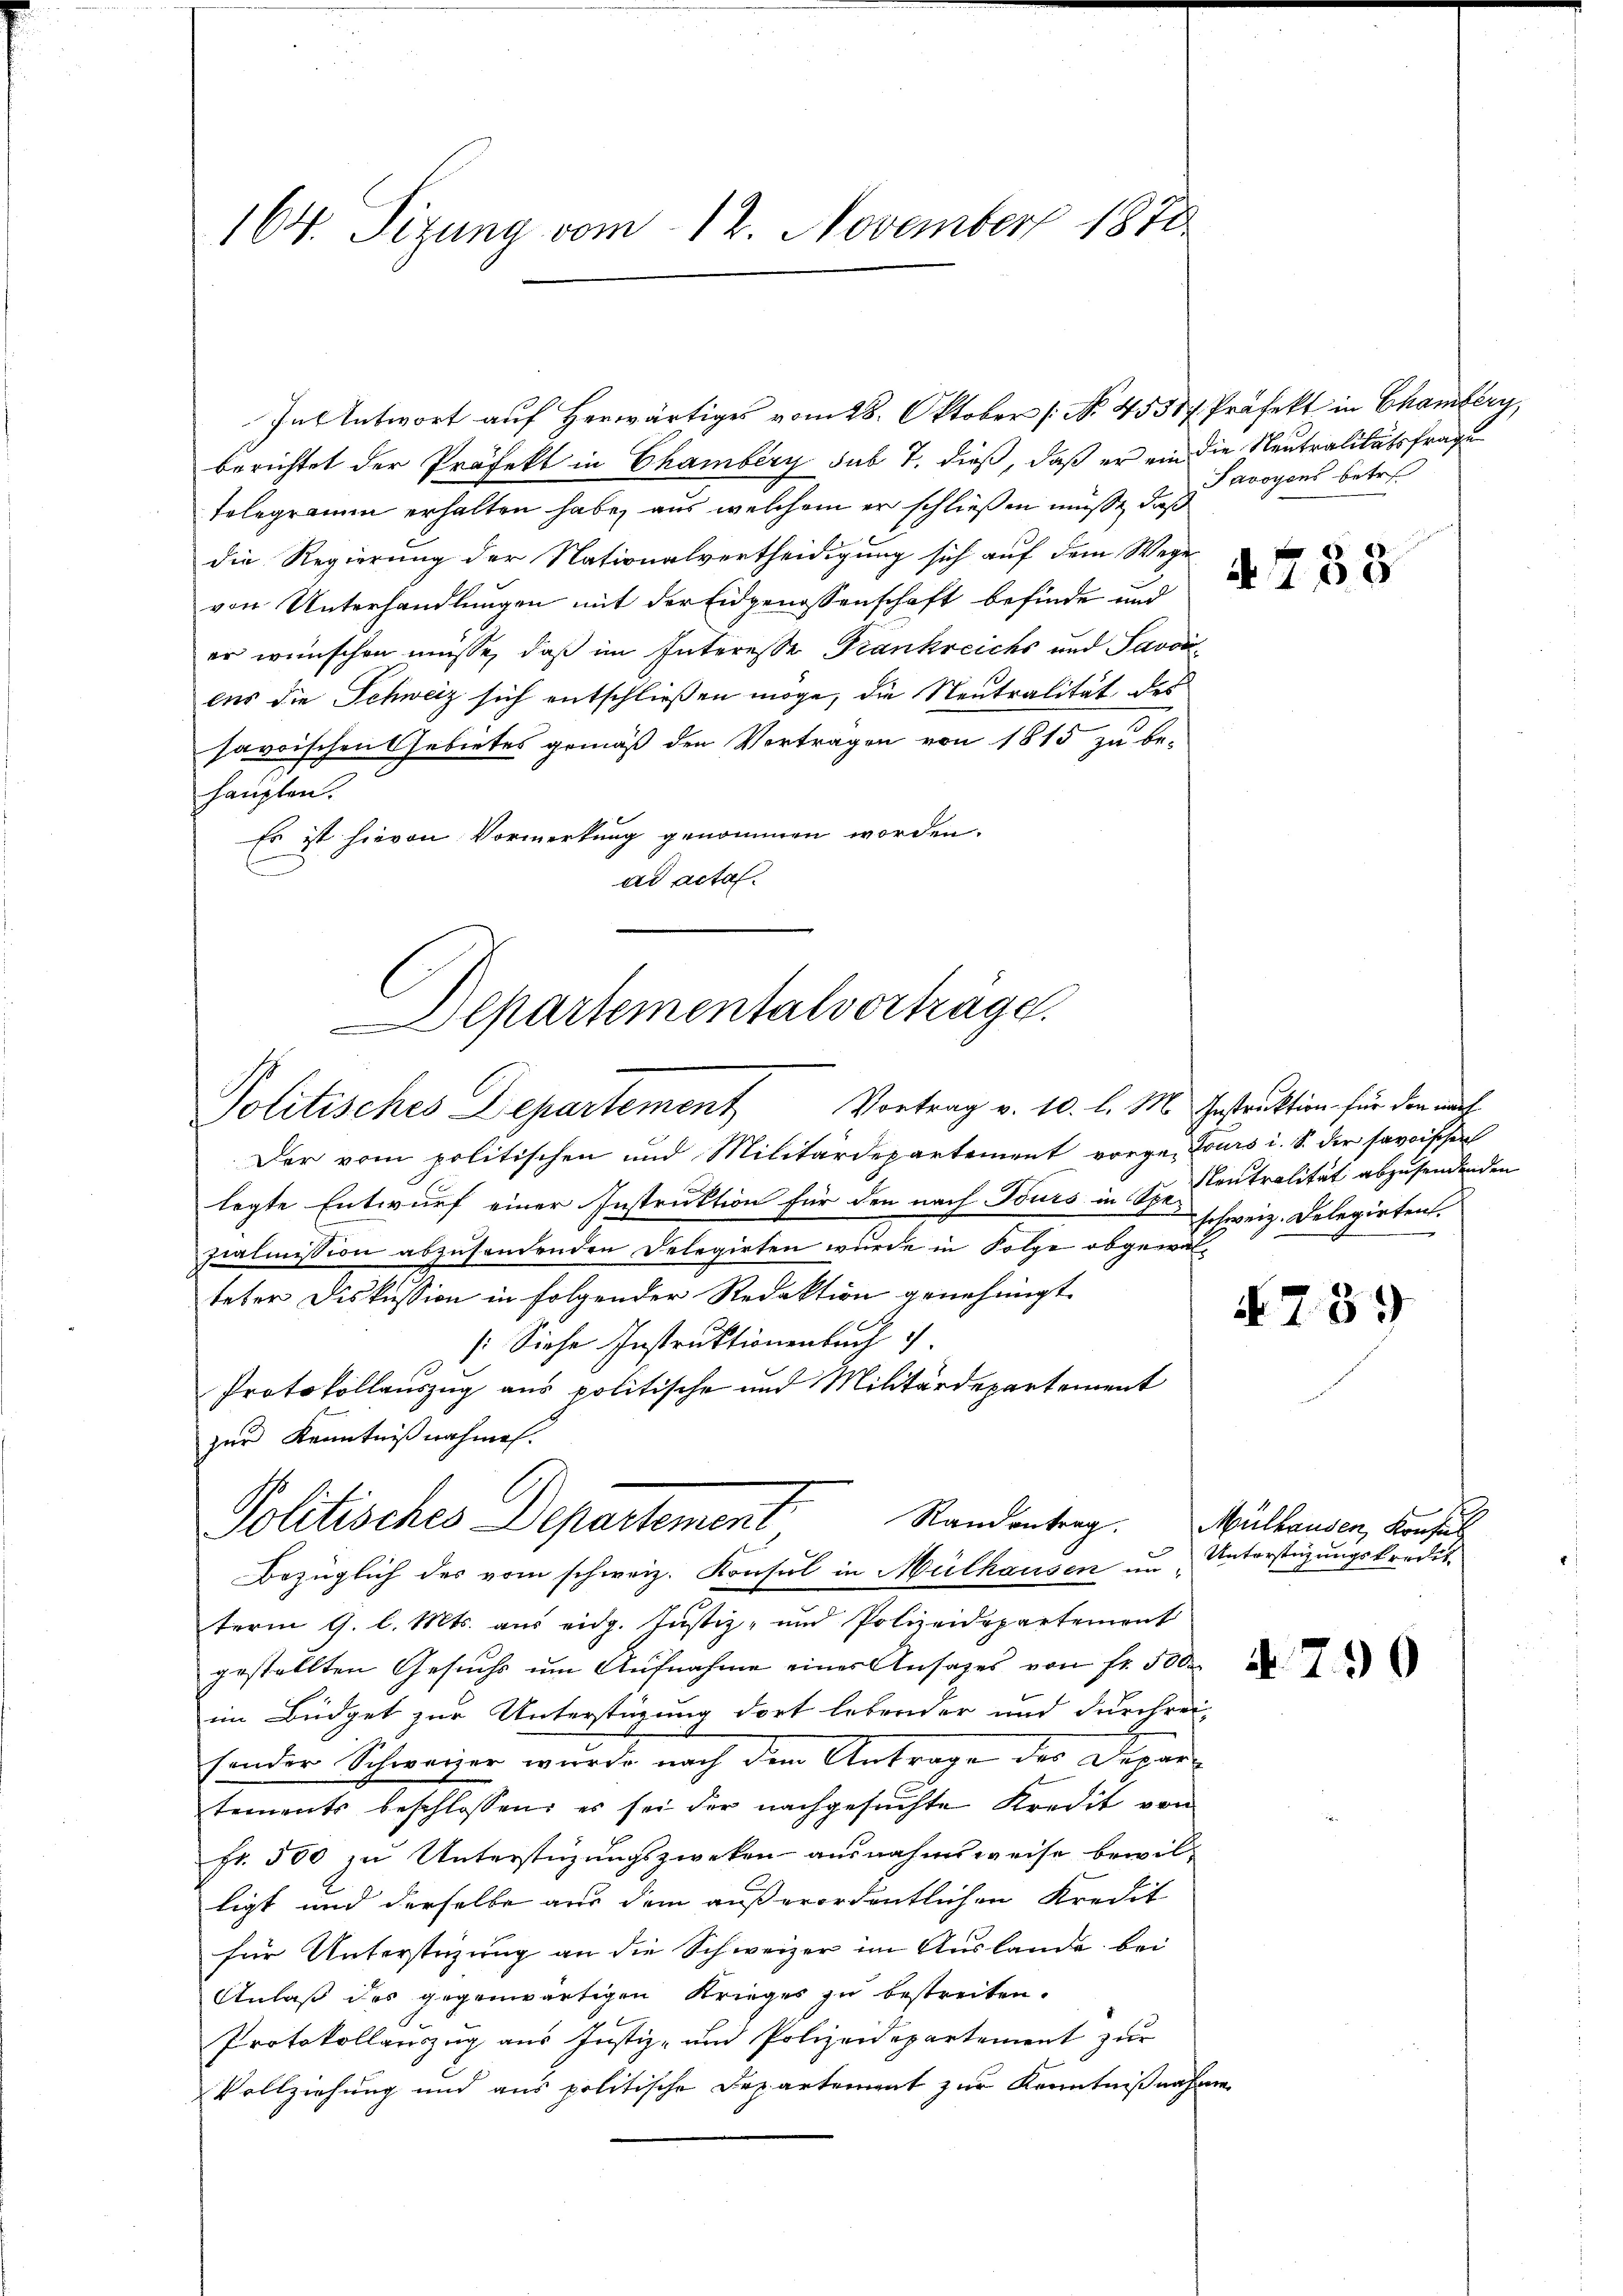
164. Sizung vom 12. November 1870

In Antwort auf Herwärtiges vom 28. Oktober [No 45587. Präfekt in Chamberg,
berichtet der Präfekt in Chamberg sub 7. dieß, daß er ein die Neutralitätsfrage
Telegramm erhalten habe, aus welchem er schließen müsse, daß
die Regierung der Nationalvertheidigung sich auf dem Wege
von Unterhandlungen mit der Eidgenossenschaft befinde und
er wünschen müsse, daß im Interesser Frankreichs und Javobes die Schweiz sich entschließen möge, die Neutralität des
savoischen Gebietes gemäß den Vortragen von 1815 zu be-
haupten.
Es ist hievon Vormerkung genommen worden.
ad acta
Der vom politischen und Militärdepartement vorge Lours i. S. der savoischen
legte Entwurf einer Instruktion für den nach Tours in Sr. Teutralität abzusendenden
zialmission abzusendenden Delegirten wurde in Folge obgewalteter Diskussion in folgender Redaktion genehmigt.
s: Siehe Instruktionenbuch
Protokollauszug aus politische und Militärdepartement
zur Kenntnißnahmen.
Politisches Departement Standentrag.
Bezüglich des vom schweiz. Konsul in Mülhausen um Unterstüzungskredit-
term 9. l. Mts. aus eidg. Justiz- und Polizeidepartement
gestellten Gesuchs um Aufnahme einer Ansatzes von fr. 500
im Büdget zur Unterstüzung dort lebender und durchrei-
sonder Schweizer wurde nach dem Antrage des Departements beschlossen: es sei der nachgesuchte Kredit von
Fr. 500 zu Unterstüzungszweken ausnahmsweise bewilligt und derselbe aus dem außerordentlichen Kredit
für Unterstüzung an die Schweizer im Auslande bei
Anlaß des gegenwärtigen Krieges zu bestreiten.
Protokollauszug aus Justiz- und Polizeidepartement zur
Vollziehung und aus politische Departement zur Kenntnißnahm

epartementalverträge.
Politisches Departement Vortrag v. 10. l. M. Instruktion für den auch

Javoyens betre

A.758

schweiz. Delegirten.

739

Mülhausen, Konsul

N. 799